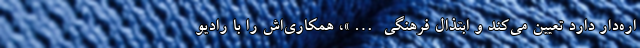
اره‌دار دارد تعیین می‌کند و ابتذال فرهنگی …»، همکاری‌اش را با رادیو